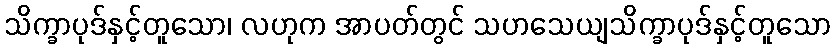
သိက္ခာပုဒ်နှင့်တူသော၊ လဟုက အာပတ်တွင် သဟသေယျသိက္ခာပုဒ်နှင့်တူသော